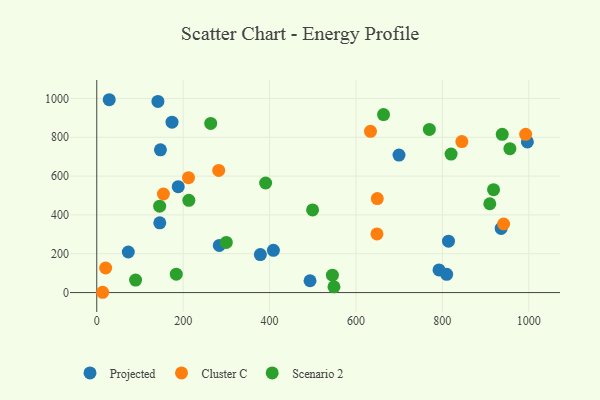
{"axis": {"x": "Engine Size", "y": "Salary"}, "legend": ["Cluster C", "Projected", "Scenario 2"], "data": [{"x": "996.8", "y": 775.9, "type": "Projected"}, {"x": "378.7", "y": 195.8, "type": "Projected"}, {"x": "408.9", "y": 217.8, "type": "Projected"}, {"x": "73.0", "y": 209.1, "type": "Projected"}, {"x": "145.9", "y": 359.1, "type": "Projected"}, {"x": "792.3", "y": 116.5, "type": "Projected"}, {"x": "810.0", "y": 94.1, "type": "Projected"}, {"x": "936.1", "y": 330.5, "type": "Projected"}, {"x": "188.6", "y": 545.3, "type": "Projected"}, {"x": "283.7", "y": 242.7, "type": "Projected"}, {"x": "141.6", "y": 984.7, "type": "Projected"}, {"x": "28.9", "y": 993.4, "type": "Projected"}, {"x": "814.2", "y": 264.8, "type": "Projected"}, {"x": "699.6", "y": 708.3, "type": "Projected"}, {"x": "147.4", "y": 735.2, "type": "Projected"}, {"x": "174.2", "y": 877.7, "type": "Projected"}, {"x": "493.7", "y": 60.9, "type": "Projected"}, {"x": "282.3", "y": 629.2, "type": "Cluster C"}, {"x": "20.6", "y": 126.6, "type": "Cluster C"}, {"x": "992.8", "y": 815.2, "type": "Cluster C"}, {"x": "633.6", "y": 830.6, "type": "Cluster C"}, {"x": "845.1", "y": 777.7, "type": "Cluster C"}, {"x": "649.4", "y": 484.4, "type": "Cluster C"}, {"x": "13.6", "y": 1.5, "type": "Cluster C"}, {"x": "941.8", "y": 353.3, "type": "Cluster C"}, {"x": "154.3", "y": 507.7, "type": "Cluster C"}, {"x": "212.4", "y": 591.6, "type": "Cluster C"}, {"x": "648.6", "y": 301.9, "type": "Cluster C"}, {"x": "299.9", "y": 258.1, "type": "Scenario 2"}, {"x": "909.8", "y": 457.6, "type": "Scenario 2"}, {"x": "769.9", "y": 840.2, "type": "Scenario 2"}, {"x": "820.2", "y": 713.2, "type": "Scenario 2"}, {"x": "263.8", "y": 871.3, "type": "Scenario 2"}, {"x": "89.9", "y": 64.6, "type": "Scenario 2"}, {"x": "918.5", "y": 530.0, "type": "Scenario 2"}, {"x": "549.1", "y": 29.7, "type": "Scenario 2"}, {"x": "663.8", "y": 916.9, "type": "Scenario 2"}, {"x": "499.6", "y": 425.6, "type": "Scenario 2"}, {"x": "938.6", "y": 815.1, "type": "Scenario 2"}, {"x": "956.3", "y": 741.3, "type": "Scenario 2"}, {"x": "390.9", "y": 564.4, "type": "Scenario 2"}, {"x": "545.5", "y": 89.8, "type": "Scenario 2"}, {"x": "145.6", "y": 444.8, "type": "Scenario 2"}, {"x": "213.2", "y": 475.3, "type": "Scenario 2"}, {"x": "184.1", "y": 94.8, "type": "Scenario 2"}]}